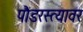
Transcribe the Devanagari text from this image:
पौडरस्त्यावर